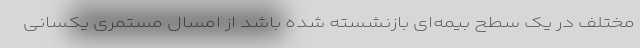
مختلف در یک سطح بیمه‌ای بازنشسته شده باشد از امسال مستمری یکسانی